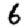
Digit: 6